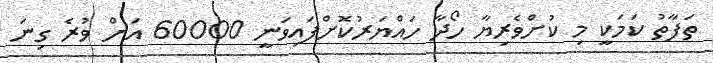
ތަފާތު ކަމަކީ މި ކުށްވެރިޔާ ހޯދާ ހައްޔަރުކޮށްފައިވަނީ 60000 އަށް ވުރެ ގިނަ